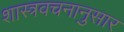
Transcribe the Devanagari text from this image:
शास्त्रवचनानुसार